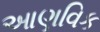
આણવિક